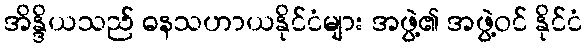
အိန္ဒိယသည် ဓနသဟာယနိုင်ငံများ အဖွဲ့၏ အဖွဲ့ဝင် နိုင်ငံ